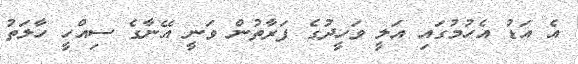
އެ އަޑު އެހުމުގައި އަލީ ވަހީދުގެ ފަރާތުން ވަނީ އޭނާގެ ސިއްހީ ހާލަތު